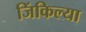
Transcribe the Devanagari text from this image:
जिंकिल्या